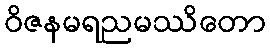
ဝိဇနမရညမဿိတော